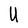
Character: U